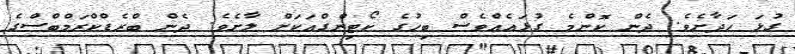
ގުޅަ ހަދާށެވެ. ދެން ކޮންމެ ގުޅައެއްވެސް ބިހުގެ ކޯޓިންގްއަކަށް ލާށެވެ. ދެން ބްރެޑްކްރަމްބްސްގެ